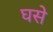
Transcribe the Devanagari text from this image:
घसे